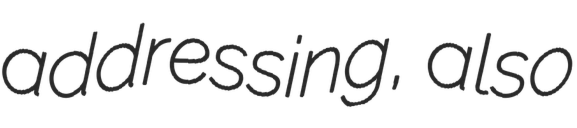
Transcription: addressing, also